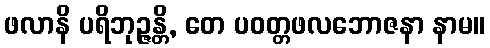
ဖလာနိ ပရိဘုဉ္ဇန္တိ, တေ ပဝတ္တဖလဘောဇနာ နာမ။